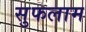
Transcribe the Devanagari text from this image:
सुफलाम